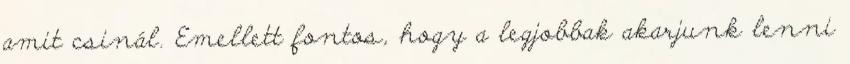
amit csinál. Emellett fontos, hogy a legjobbak akarjunk lenni